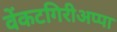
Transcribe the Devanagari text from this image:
वेंकटगिरीअप्पा